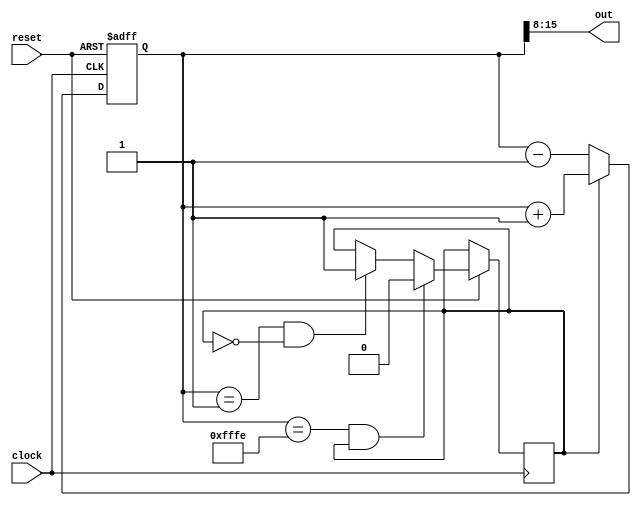
module up_down(input clock, input reset, output wire [7:0] out);

	// 16-bit counter
	reg [15:0] counter = 16'd0;
	
	// Direction bit: 1 = count up; 0 = count down.
	reg direction = 1;
	
	assign out[7:0] = counter[15:8];
	
	always @(posedge clock or negedge reset) begin
		if (~reset) counter <= 0;
		else begin
			if (counter == 1 && ~direction) direction <= 1;
			if (counter == 16'hfffe && direction) direction <= 0;
	
			if (direction)
				counter <= counter + 1'b1;
			else
				counter <= counter - 1'b1;
		end
	end
	
endmodule